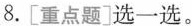
8.[重点题]选一选。